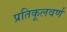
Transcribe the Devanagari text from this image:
प्रतिकूलवर्ण